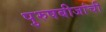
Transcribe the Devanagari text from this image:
पुरुषबीजांची